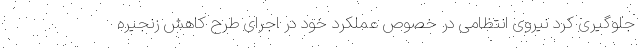
جلوگیری کرد نیروی انتظامی در خصوص عملکرد خود در اجرای طرح کاهش زنجیره